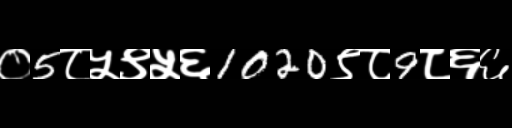
Text: ०5८५९५६1020९८9८६६